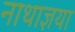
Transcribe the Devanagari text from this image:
नाथाज्ञया